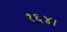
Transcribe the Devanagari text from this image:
१६४।